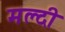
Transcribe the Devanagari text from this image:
मल्दी